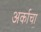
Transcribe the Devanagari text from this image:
अर्काचा